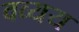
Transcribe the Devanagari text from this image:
वव्यय